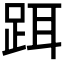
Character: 𬦮